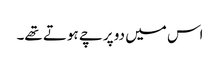
اس میں دو پرچے ہوتے تھے۔